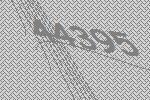
44395